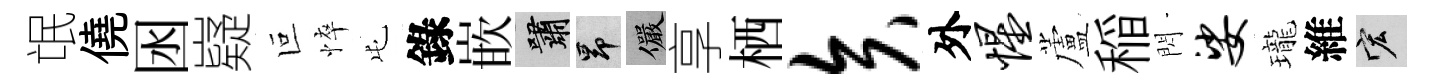
氓僥囦嶷叵悴屯錄嵌嘯昂儼享栖矢外惺蘆稲閃娑瓏維宏